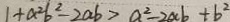
1 + a ^ { 2 } b ^ { 2 } - 2 a b > a ^ { 2 } - 2 a b + b ^ { 2 }